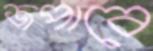
জপাবে